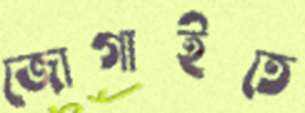
জোগাইতে